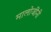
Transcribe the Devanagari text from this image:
मालोजींनी